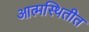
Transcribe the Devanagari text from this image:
आत्मस्थितीत